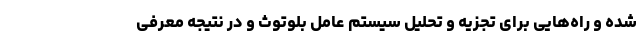
شده و راه‌هایی برای تجزیه و تحلیل سیستم عامل بلوتوث و در نتیجه معرفی